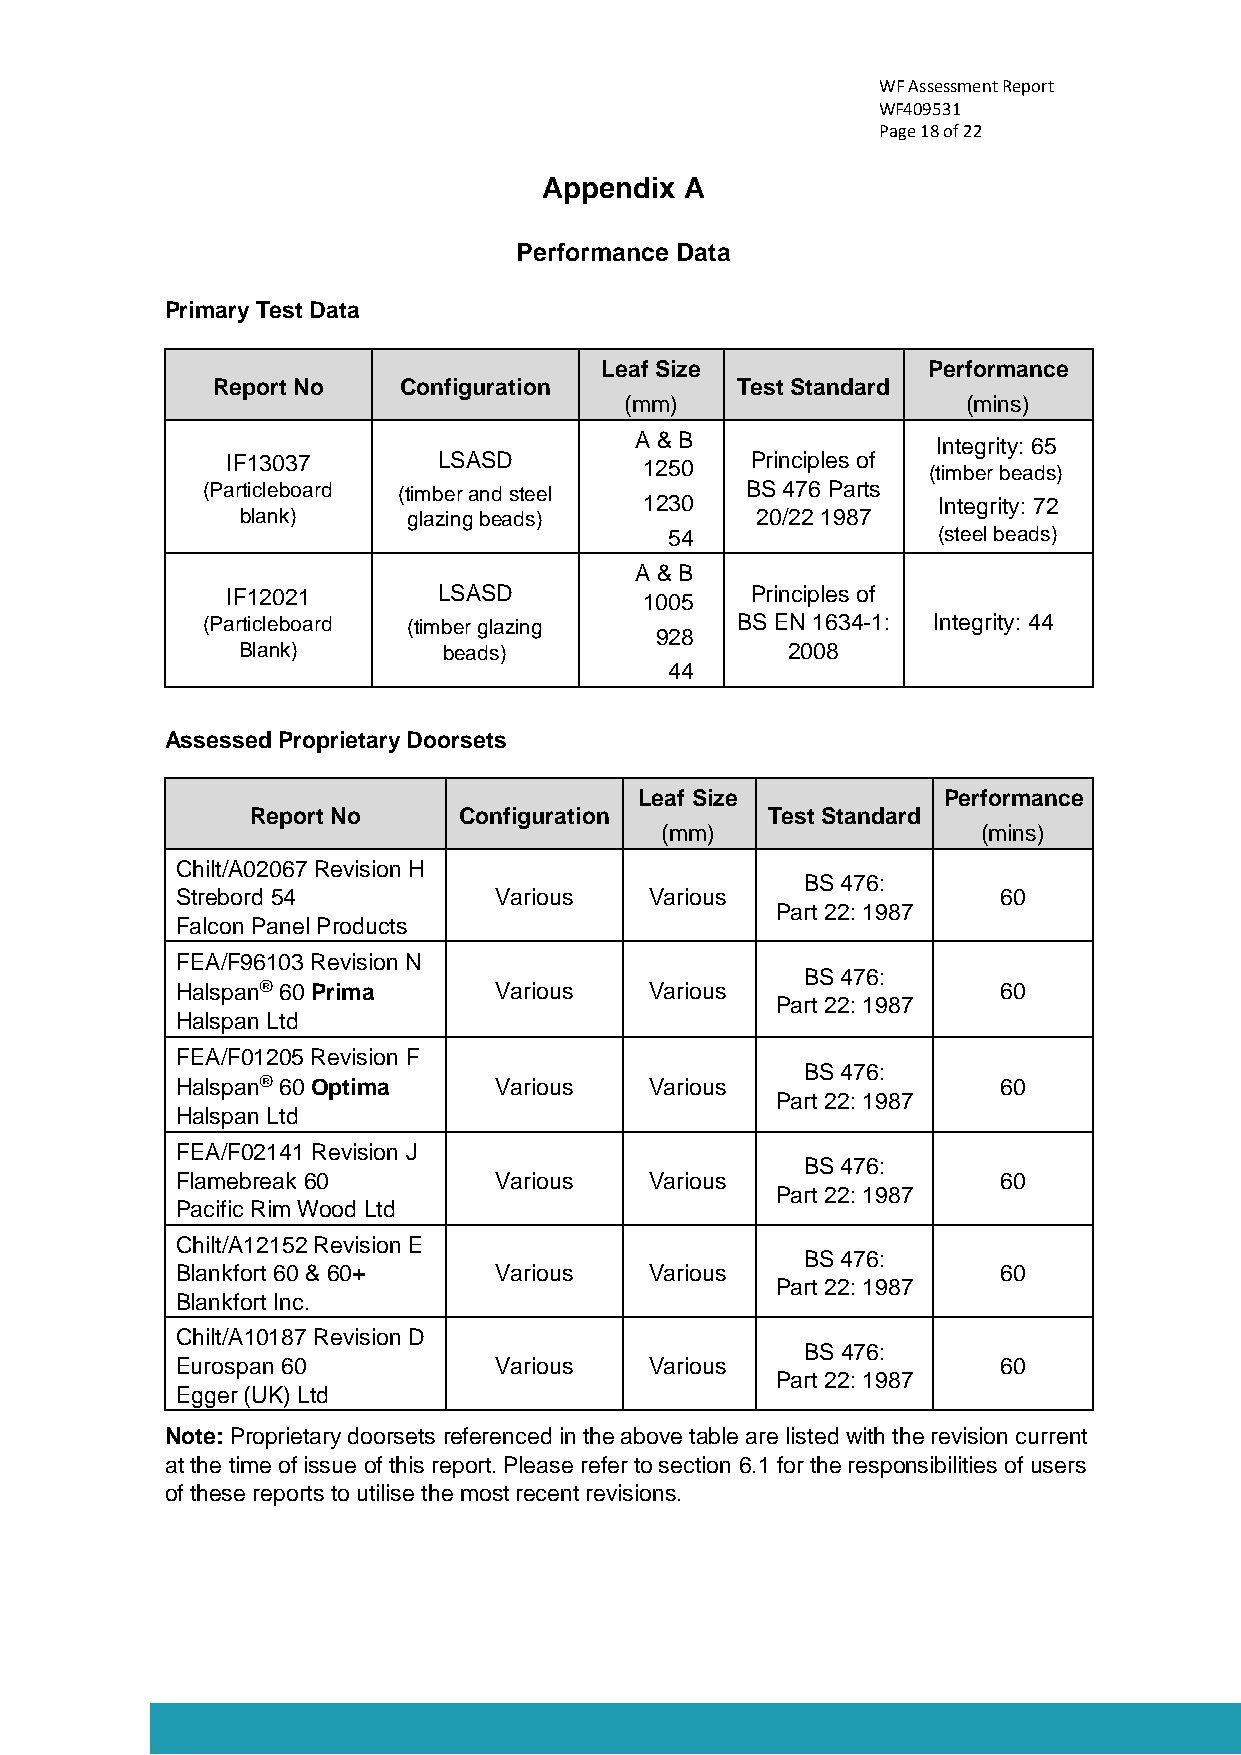
WF Assessment Report
 WF409531
 Page 18 of 22
 Appendix A
 Performance Data
 Primary Test Data
 Leaf Size            Performance
 Report No   Configuration          Test Standard
 (mm)                   (mins)
 A & B               Integrity: 65
 IF13037       LSASD         1250   Principles of (timber beads)
 (Particleboard (timber and steel    BS 476 Parts
 1230               Integrity: 72
 blank)     glazing beads)         20/22 1987
 54                (steel beads)
 A & B
 IF12021       LSASD         1005   Principles of
 (Particleboard (timber glazing      BS EN 1634-1: Integrity: 44
 928
 Blank)       beads)                 2008
 44
 Assessed Proprietary Doorsets
 Leaf Size           Performance
 Report No    Configuration        Test Standard
 (mm)                 (mins)
 Chilt/A02067 Revision H
 BS 476:
 Strebord 54          Various   Various                60
 Part 22: 1987
 Falcon Panel Products
 FEA/F96103 Revision N
 BS 476:
 Halspan® 60 Prima    Various   Various                60
 Part 22: 1987
 Halspan Ltd
 FEA/F01205 Revision F
 BS 476:
 Halspan® 60 Optima   Various   Various                60
 Part 22: 1987
 Halspan Ltd
 FEA/F02141 Revision J
 BS 476:
 Flamebreak 60        Various   Various                60
 Part 22: 1987
 Pacific Rim Wood Ltd
 Chilt/A12152 Revision E
 BS 476:
 Blankfort 60 & 60+   Various   Various                60
 Part 22: 1987
 Blankfort Inc.
 Chilt/A10187 Revision D
 BS 476:
 Eurospan 60          Various   Various                60
 Part 22: 1987
 Egger (UK) Ltd
 Note: Proprietary doorsets referenced in the above table are listed with the revision current
 at the time of issue of this report. Please refer to section 6.1 for the responsibilities of users
 of these reports to utilise the most recent revisions.